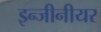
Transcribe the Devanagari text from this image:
इन्जीनीयर